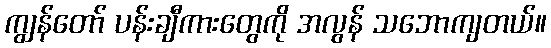
ကျွန်တော် ပန်းချီကားတွေကို အလွန် သဘောကျတယ်။